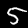
Label: 5